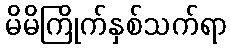
မိမိကြိုက်နှစ်သက်ရာ